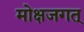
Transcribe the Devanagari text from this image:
मोक्षजगत्